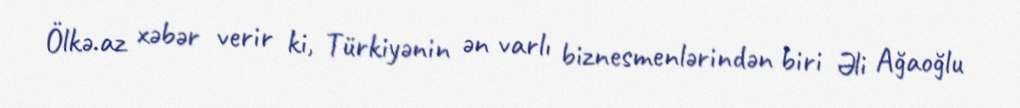
Ölkə.az xəbər verir ki, Türkiyənin ən varlı biznesmenlərindən biri Əli Ağaoğlu